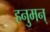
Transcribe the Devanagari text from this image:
हनुमन्